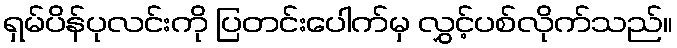
ရှမ်ပိန်ပုလင်းကို ပြတင်းပေါက်မှ လွှင့်ပစ်လိုက်သည်။